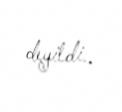
deyildi..